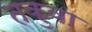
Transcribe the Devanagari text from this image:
तकुवा